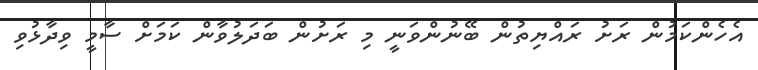
އެހެންކަމުން ރަށު ރައްޔިތުން ބޭނުންވަނީ މި ރަށުން ބަދަލުވާން ކަމަށް ސާމީ ވިދާޅުވި